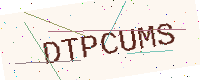
Text: DTPCUMS